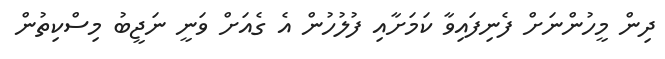
ދިން މީހުންނަށް ފެނިފައިވާ ކަމަށާއި ފުލުހުން އެ ގެެއަށް ވަނީ ނަޖީބު މިސްކިތުން